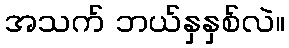
အသက် ဘယ်နှနှစ်လဲ။